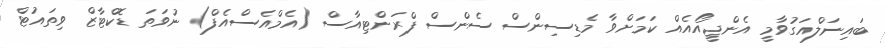
ބައިނަލްއަގުވާމީ އެންޖީއޯއެއް ކަމަށްވާ މެޑިސިންސް ސެންސް ފްރަންޓިއާސް (އެމްއެސްއެފް) ނުވަތަ ޑޮކްޓާޒް ވިތައުޓް